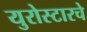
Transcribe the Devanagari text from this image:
युरोस्टारचे